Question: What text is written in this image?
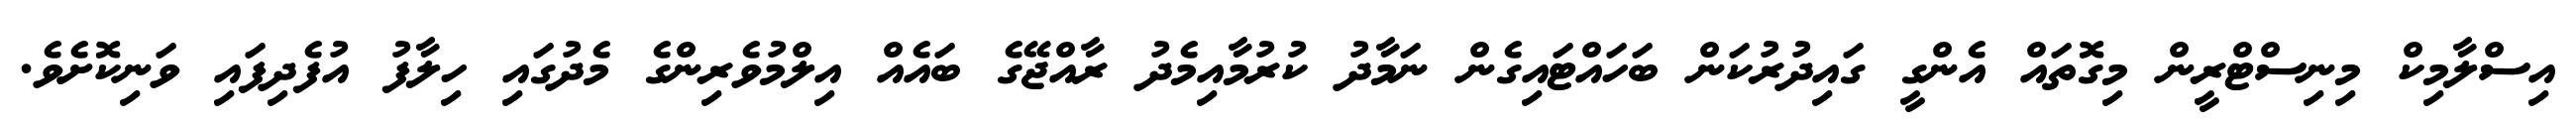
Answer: އިސްލާމިކް މިނިސްޓްރީން މިގޮތައް އެންގީ ގައިދުރުކަން ބަހައްޓައިގެން ނަމާދު ކުރުމާއިމެދު ރާއްޖޭގެ ބައެއް އިލްމުވެރިންގެ މެދުގައި ހިލާފު އުފެދިފައި ވަނިކޮށެވެ.